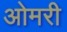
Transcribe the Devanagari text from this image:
ओमरी